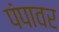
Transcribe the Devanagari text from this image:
पंपावर